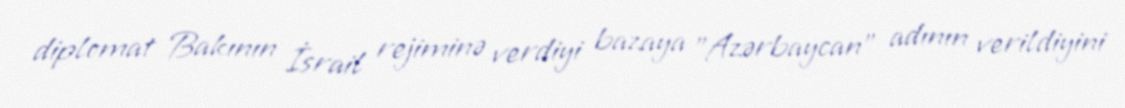
diplomat Bakının İsrail rejiminə verdiyi bazaya "Azərbaycan" adının verildiyini